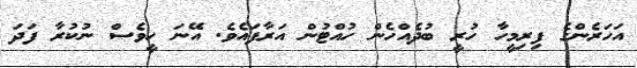
އަހަރެންގެ ފިރިމީހާ ހުރީ ބުދެއްހެން ހުއްޓުން އަރާފައެވެ. އޭނަ ހީވެސް ނުކުރާ ފަދަ